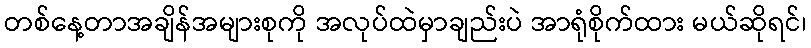
တစ်နေ့တာအချိန်အများစုကို အလုပ်ထဲမှာချည်းပဲ အာရုံစိုက်ထား မယ်ဆိုရင်၊